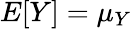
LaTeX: E[Y]=\mu_{Y}